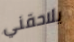
يلاحقني